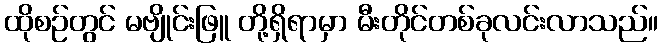
ထိုစဉ်တွင် မဗျိုင်းဖြူ တို့ရှိရာမှာ မီးတိုင်တစ်ခုလင်းလာသည်။